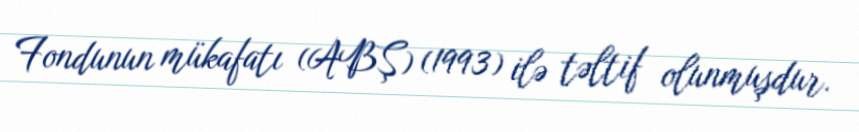
Fondunun mükafatı (ABŞ) (1993) ilə təltif olunmuşdur.